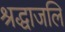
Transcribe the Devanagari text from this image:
श्रद्धाजलि